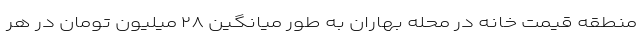
منطقه قیمت خانه در محله بهاران به طور میانگین ۲۸ میلیون تومان در هر